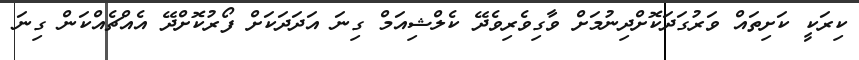
ކިރަކީ ކަށިތައް ވަރުގަދަކޮށްދިނުމަށް ވާގިވެރިވެދޭ ކެލްޝިއަމް ގިނަ އަދަދަކަށް ފޯރުކޮށްދޭ އެއްޗެއްކަން ގިނަ